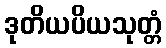
ဒုတိယပိယသုတ္တံ